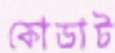
কোডাট